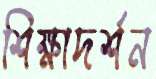
শিক্ষাদর্শন